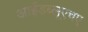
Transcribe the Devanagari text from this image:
आईडब्लूएचए